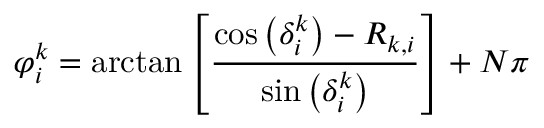
\varphi _ { i } ^ { k } = \arctan \left[ \frac { \cos \left( \delta _ { i } ^ { k } \right) - R _ { k , i } } { \sin \left( \delta _ { i } ^ { k } \right) } \right] + N \pi